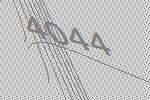
4044